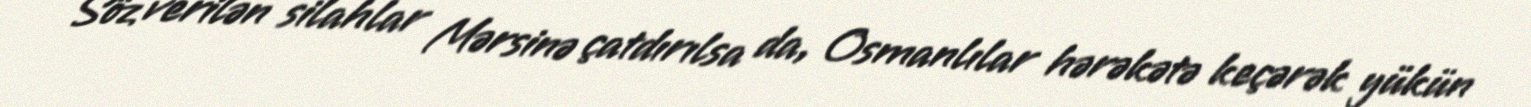
Söz verilən silahlar Mərsinə çatdırılsa da, Osmanlılar hərəkətə keçərək yükün